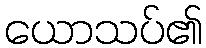
ယောသပ်၏